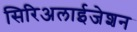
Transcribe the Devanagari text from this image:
सिरिअलाईजेशन